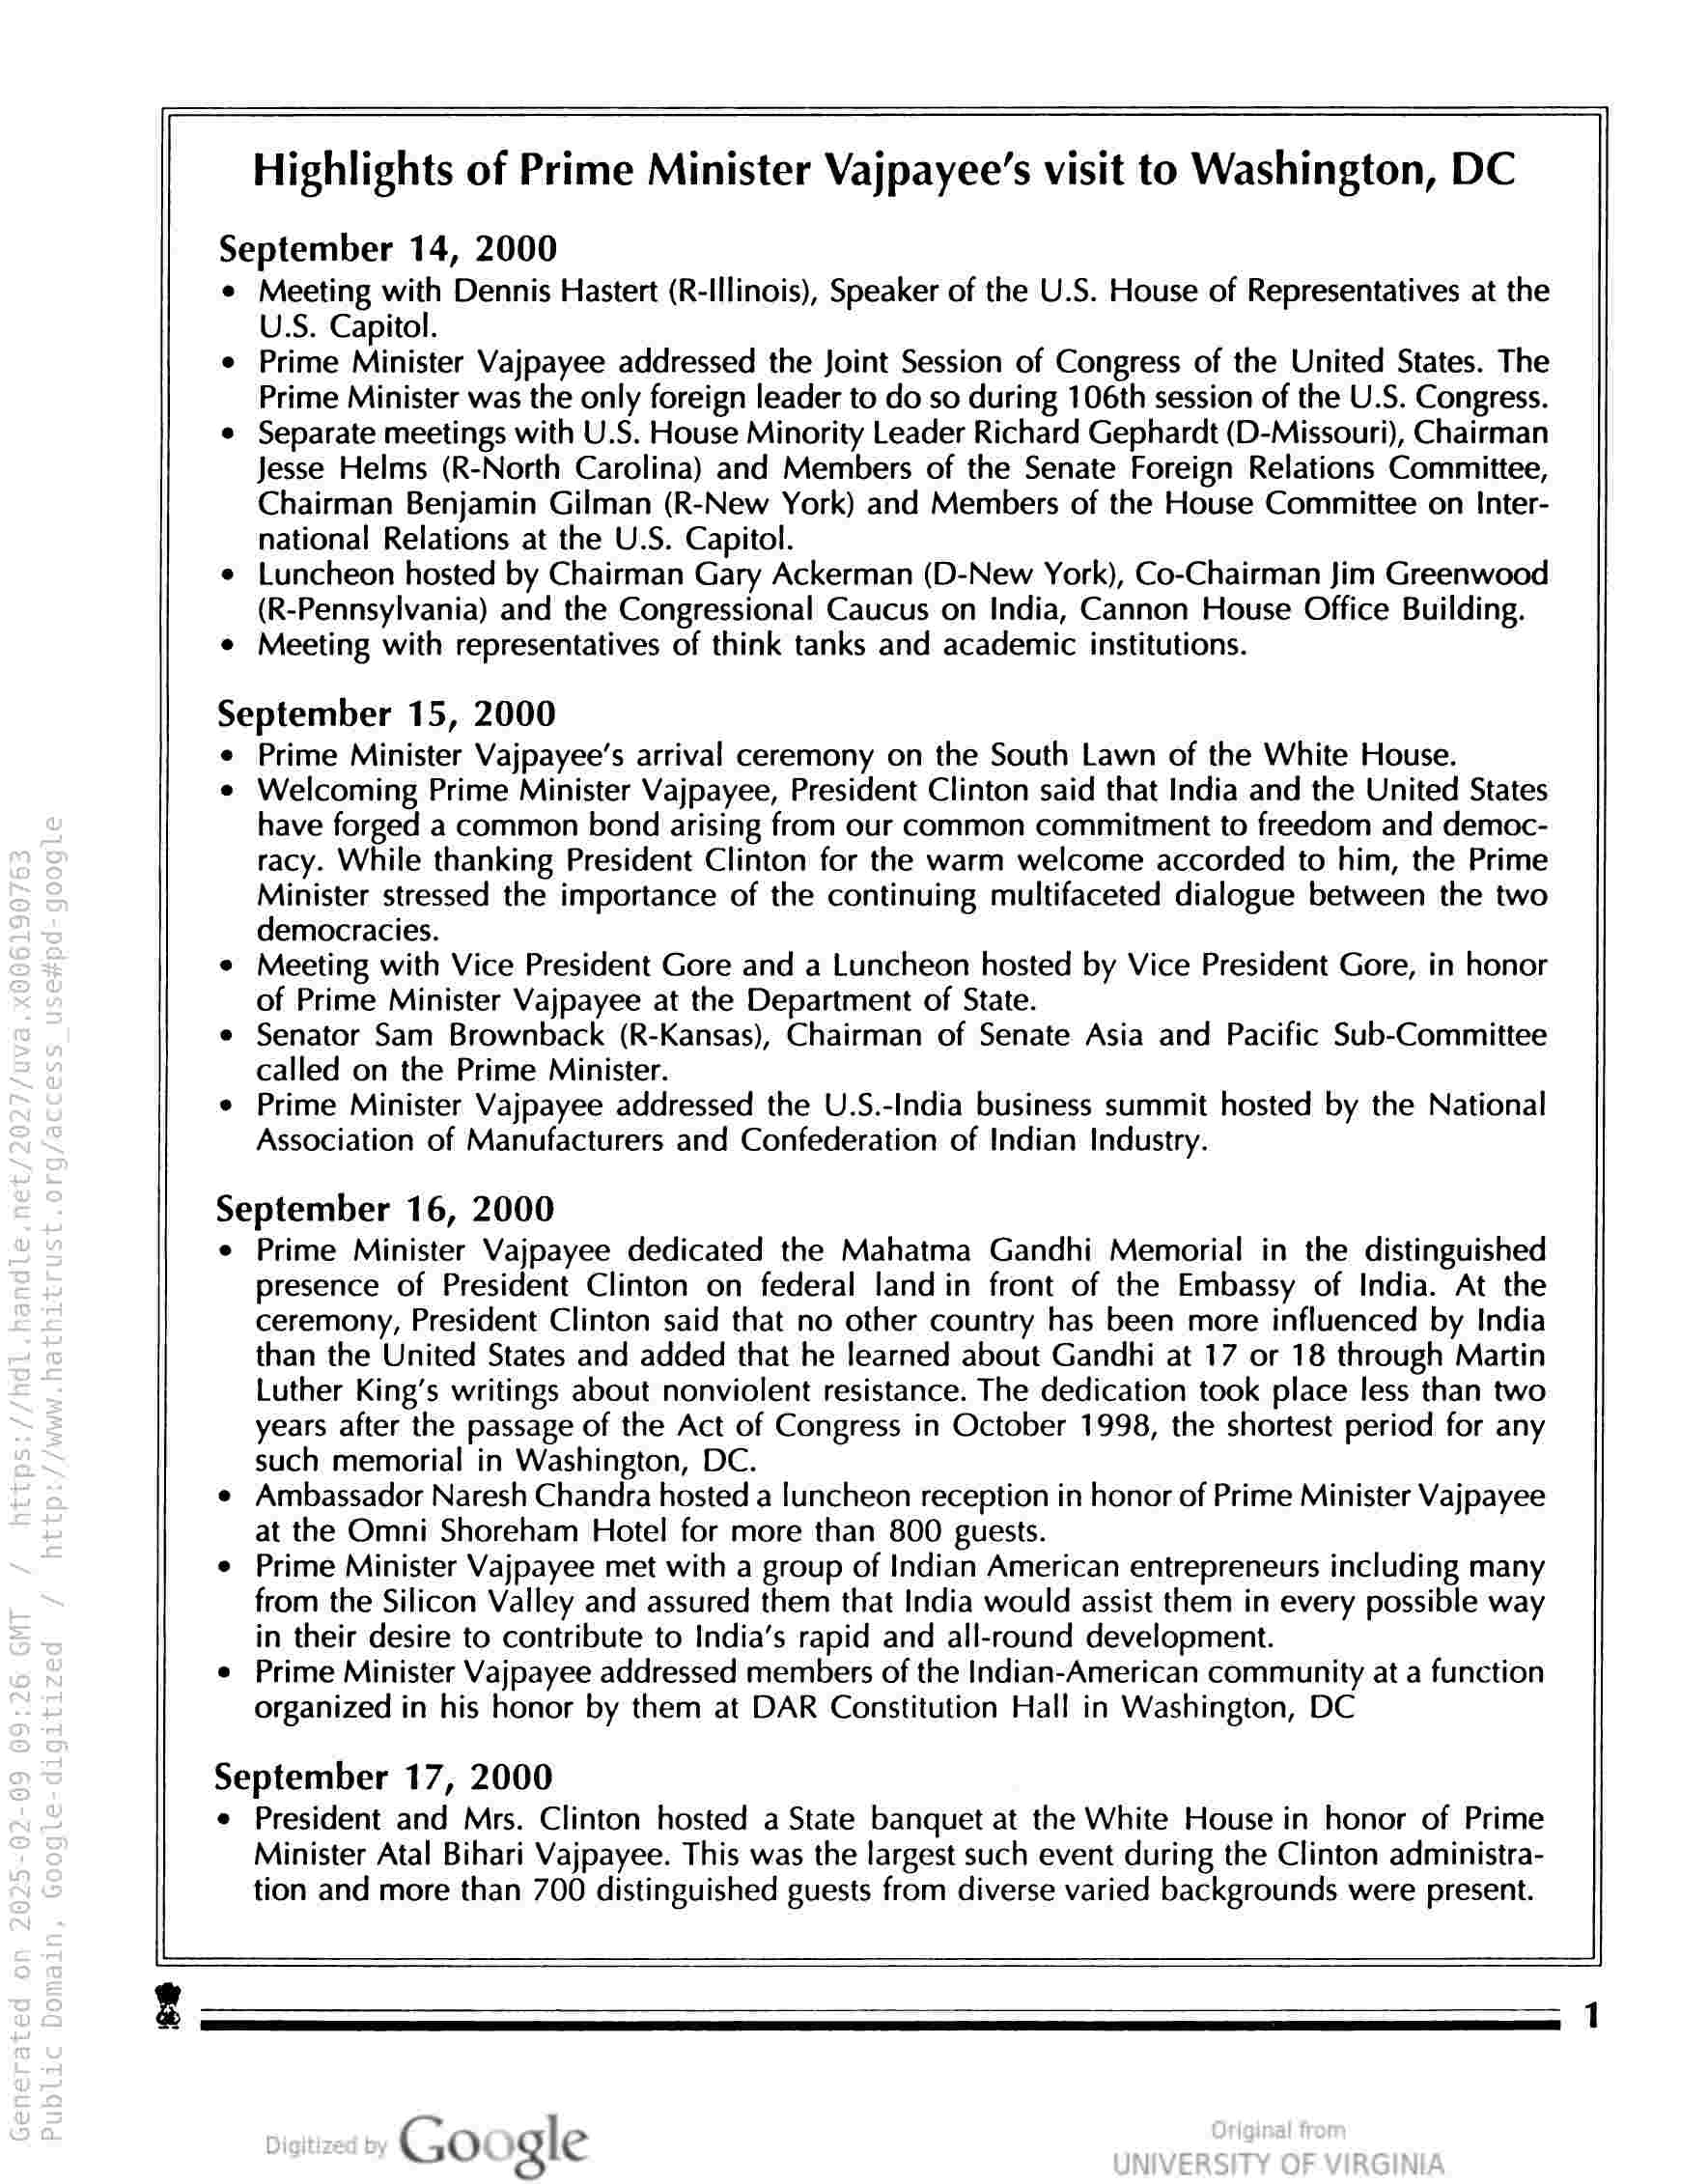
=
Highlights of Prime Minister Vajpayee’s visit to Washington, DC

September 14, 2000

¢ Meeting with Dennis Hastert (R-Illinois), Speaker of the U.S. House of Representatives at the
U.S. Capitol.

¢ Prime Minister Vajpayee addressed the Joint Session of Congress of the United States. The
Prime Minister was the only foreign leader to do so during 106th session of the U.S. Congress.

e Separate meetings with U.S. House Minority Leader Richard Gephardt (D-Missouri), Chairman
Jesse Helms (R-North Carolina) and Members of the Senate Foreign Relations Committee,
Chairman Benjamin Gilman (R-New York) and Members of the House Committee on Inter-
national Relations at the U.S. Capitol.

¢ Luncheon hosted by Chairman Gary Ackerman (D-New York), Co-Chairman Jim Greenwood
(R-Pennsylvania) and the Congressional Caucus on India, Cannon House Office Building.

¢ Meeting with representatives of think tanks and academic institutions.

September 15, 2000

e Prime Minister Vajpayee’s arrival ceremony on the South Lawn of the White House.

¢ Welcoming Prime Minister Vajpayee, President Clinton said that India and the United States
have forged a common bond arising from our common commitment to freedom and democ-
racy. While thanking President Clinton for the warm welcome accorded to him, the Prime
Minister stressed the importance of the continuing multifaceted dialogue between the two
democracies.

¢ Meeting with Vice President Gore and a Luncheon hosted by Vice President Gore, in honor
of Prime Minister Vajpayee at the Department of State.

e Senator Sam Brownback (R-Kansas), Chairman of Senate Asia and Pacific Sub-Committee
called on the Prime Minister.

e Prime Minister Vajpayee addressed the U.S.-India business summit hosted by the National
Association of Manufacturers and Confederation of Indian Industry.

September 16, 2000

e Prime Minister Vajpayee dedicated the Mahatma Gandhi Memorial in the distinguished
presence of President Clinton on federal landin front of the Embassy of India. At the
ceremony, President Clinton said that no other country has been more influenced by India
than the United States and added that he learned about Gandhi at 17 or 18 through Martin
Luther King’s writings about nonviolent resistance. The dedication took place less than two
years after the passage of the Act of Congress in October 1998, the shortest period for any
such memorial in Washington, DC.

e Ambassador Naresh Chandra hosted a luncheon reception in honor of Prime Minister Vajpayee
at the Omni Shoreham Hotel for more than 800 guests.

e Prime Minister Vajpayee met with a group of Indian American entrepreneurs including many
from the Silicon Valley and assured them that India would assist them in every possible way
in their desire to contribute to India’s rapid and all-round development.

e Prime Minister Vajpayee addressed members of the Indian-American community at a function
organized in his honor by them at DAR Constitution Hall in Washington, DC

September 17, 2000

e President and Mrs. Clinton hosted a State banquet at the White House in honor of Prime
Minister Atal Bihari Vajpayee. This was the largest such event during the Clinton administra-
tion and more than 700 distinguished guests from diverse varied backgrounds were present.

Go gle